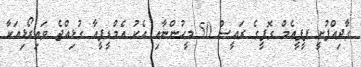
ގާދިއްފުށީ ޕީޕީއެމް ގޮފީގެ ރައީސް 50 މީހުންނާއި އެކު އެމްޑީޕީއާ ގުޅިއްޖެ ވައިރޯޅިއަކާ